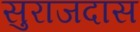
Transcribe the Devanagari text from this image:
सुराजदास